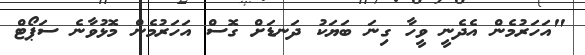
"އަހަރުމެން އެދެނީ ވީހާ ގިނަ ބަޔަކު ދަނޑަށް ގޮސް އަހަރުމެން މޮޅުވާނެ ސަޕޯޓް